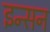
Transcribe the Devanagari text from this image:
इन्सन